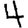
Digit: 4